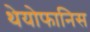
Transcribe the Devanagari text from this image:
थेयोफानिस